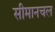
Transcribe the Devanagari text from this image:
सीमानचल